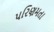
પરિણમતા